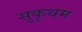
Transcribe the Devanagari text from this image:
सुकृथम